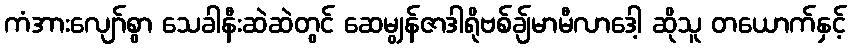
ကံအားလျော်စွာ သေခါနီးဆဲဆဲတွင် ဆေမျွန်ဇာဒါရိုဗစ်ချ်မာမီလာဒေါ့ ဆိုသူ တယောက်နှင့်